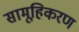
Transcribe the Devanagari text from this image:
सामूहिकरण